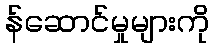
န်ဆောင်မှုများကို